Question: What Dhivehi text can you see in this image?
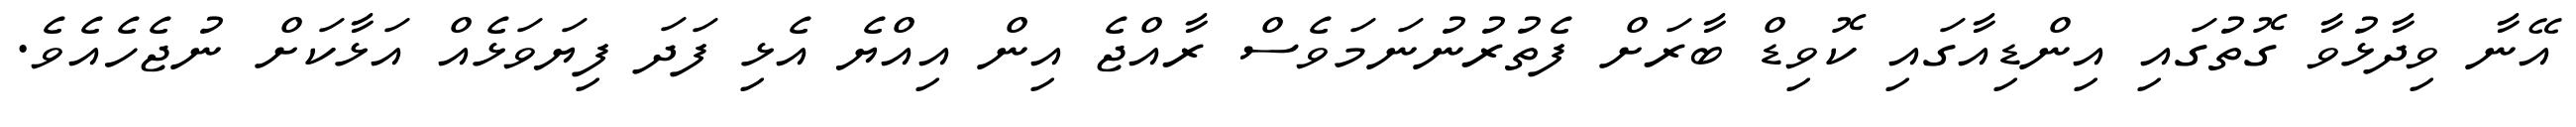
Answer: އޭނާ ވިދާޅުވާ ގޮތުގައި އިންޑިއާގައި ކޮވިޑް ބާރަށް ފެތުރުނުނަމަވެސް ރާއްޖެ އިން އިއްޔެ އެޅި ފަދަ ފިޔަވަޅެއް އަޅާކަށް ނުޖެހެއެވެ.